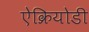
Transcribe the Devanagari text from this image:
ऐक्रियोडी